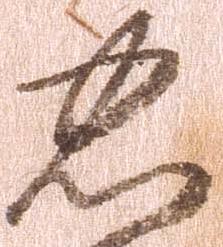
忠